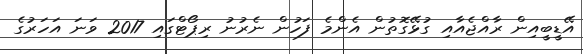
އޭޑީބީއިން ރާއްޖެއާއި ގުޅޭގޮތުން އެންމެ ފަހުން ނެރުނު ރިޕޯޓްގައި 2017 ވަނަ އަހަރުގެ